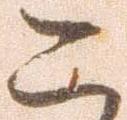
こ